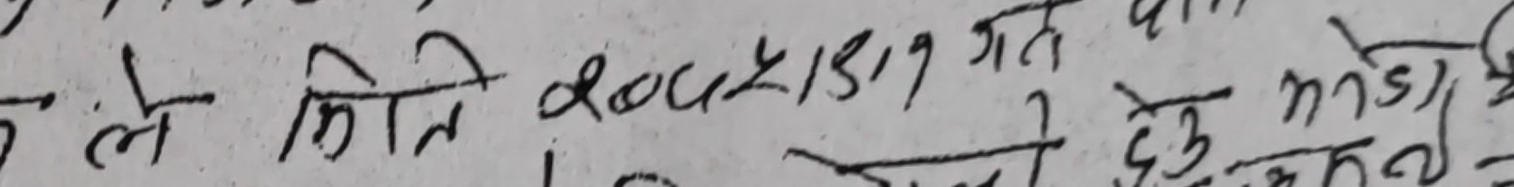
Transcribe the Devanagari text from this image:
ले मिति २०७८।५।१ गते निदेखि भएन ।